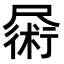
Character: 𪨜